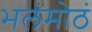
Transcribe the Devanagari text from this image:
भलंमोठं